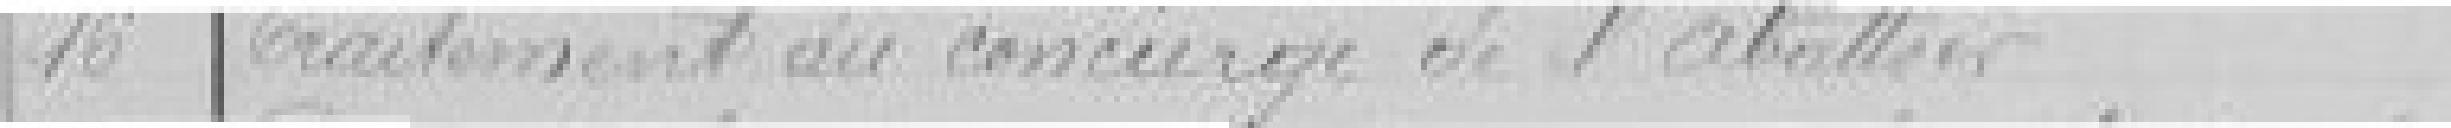
16 Traitement au concierge de l'abattoir